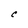
Character: C